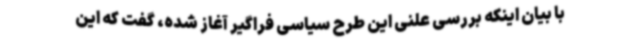
با بیان اینکه بررسی علنی این طرح سیاسی فراگیر آغاز شده، گفت که این